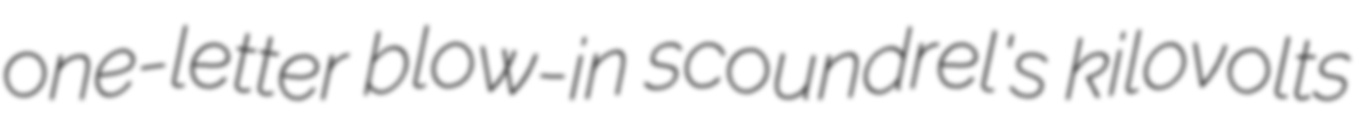
one-letter blow-in scoundrel's kilovolts